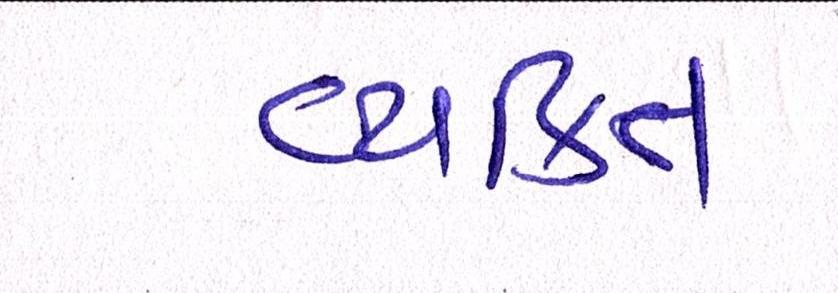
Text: વ્યક્તિ